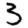
Digit: 5